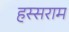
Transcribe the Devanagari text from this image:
हस्सराम